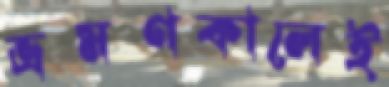
ভ্রমণকালেই